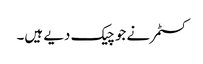
کسٹمر نے جو چیک دیے ہیں۔